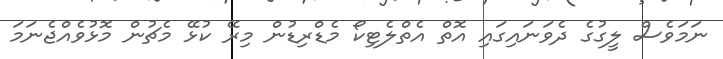
ނަމަވެސް ލީގުގެ ދެވަނައިގައި އޮތް އެތްލެޓިކޯ މެޑްރިޑުން މިރޭ ކުޅޭ މެޗުން މޮޅުވެއްޖެނަމަ